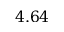
4 . 6 4